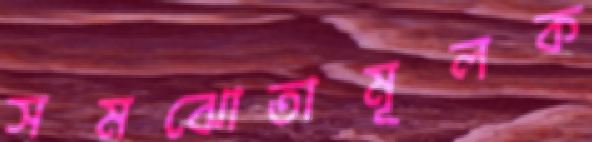
সমঝোতামূলক